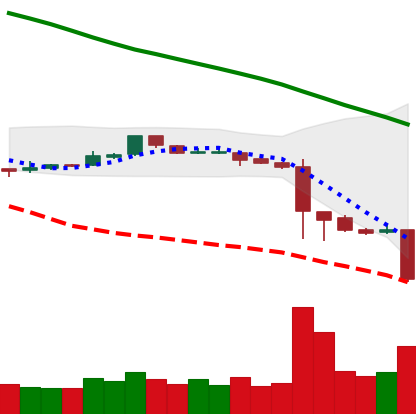
Ticker: ETC-USD
Chart end date: 2018-11-19
Forward return: -23.102%
Label: down_7plus